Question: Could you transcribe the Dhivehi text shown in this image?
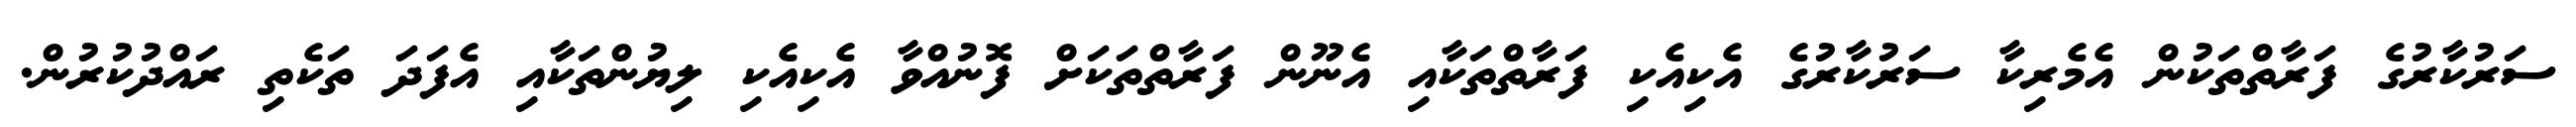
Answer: ސަރުކާރުގެ ފަރާތްތަކުން އެމެރިކާ ސަރުކާރުގެ އެކިއެކި ފަރާތްތަކާއި އެނޫން ފަރާތްތަކަށް ފޮނުއްވާ އެކިއެކި ލިޔުންތަކާއި އެފަދަ ތަކެތި ރައްދުކުރުން.